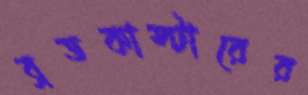
ব্রডকাস্টারের